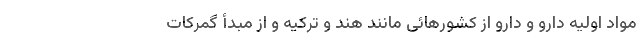
مواد اولیه دارو و دارو از کشورهائی مانند هند و ترکیه و از مبدأ گمرکات